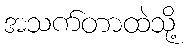
အသက်တာထဲသို့